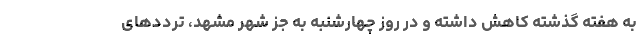
به هفته گذشته کاهش داشته و در روز چهارشنبه به جز شهر مشهد، ترددهای